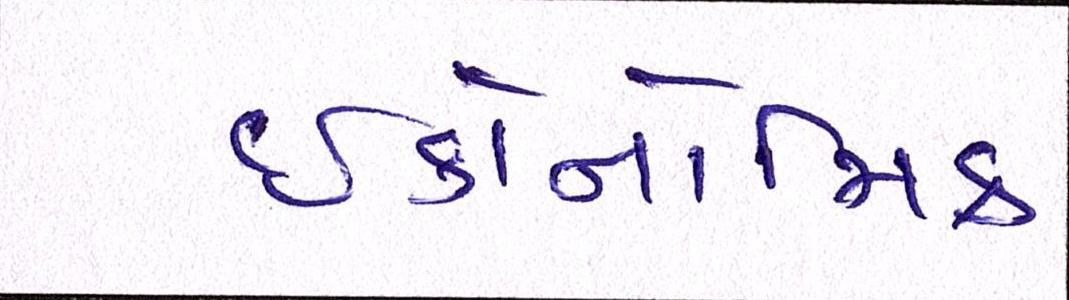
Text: ઇકોનોમિક